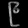
Digit: ၉